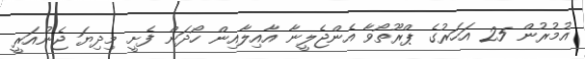
އުމުރުން 25 އަހަރުގެ ޕްރޫތޯވާ އެންޖެލީނާ އާއިލާއިން ހޯދަން ފެށީ މިދިޔަ ޖެނުއަރީ